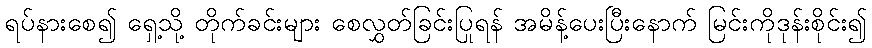
ရပ်နားစေ၍ ရှေ့သို့ တိုက်ခင်းများ စေလွှတ်ခြင်းပြုရန် အမိန့်ပေးပြီးနောက် မြင်းကိုဒုန်းစိုင်း၍